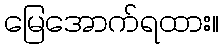
မြေအောက်ရထား။